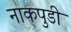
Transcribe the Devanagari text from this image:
नाकपुडी